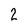
Character: 2